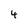
Character: 4